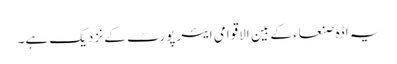
یہ اڈہ صنعاء کے بین الاقوامی ایئرپورٹ کے نزدیک ہے۔